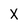
Character: x